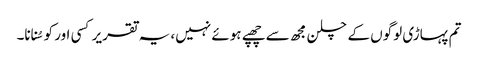
تم پہاڑی لوگوں کے چلن مجھ سے چھپے ہوئے نہیں، یہ تقریر کسی اور کو سُنانا۔